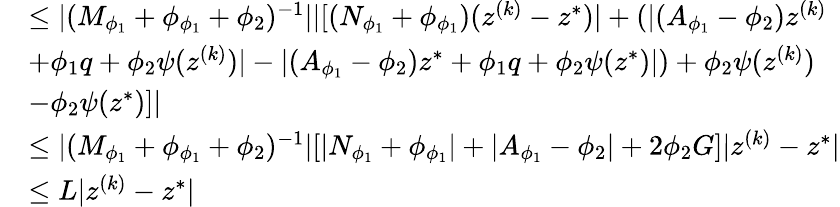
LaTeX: \begin{array}{rl}&{\leq\lvert(M_{\phi_{1}}+\phi_{\phi_{1}}+\phi_{2})^{-1}\rvert\lvert[(N_{\phi_{1}}+\phi_{\phi_{1}})(z^{(k)}-z^{*})\rvert+(\lvert(A_{\phi_{1}}-\phi_{2})z^{(k)}}\\ &{+\phi_{1}q+\phi_{2}\psi(z^{(k)})\rvert-\lvert(A_{\phi_{1}}-\phi_{2})z^{*}+\phi_{1}q+\phi_{2}\psi(z^{*})\rvert)+\phi_{2}\psi(z^{(k)})}\\ &{-\phi_{2}\psi(z^{*})]\rvert}\\ &{\leq\lvert(M_{\phi_{1}}+\phi_{\phi_{1}}+\phi_{2})^{-1}\rvert[\lvert N_{\phi_{1}}+\phi_{\phi_{1}}\rvert+\lvert A_{\phi_{1}}-\phi_{2}\rvert+2\phi_{2}G]\lvert z^{(k)}-z^{*}\rvert}\\ &{\leq L\lvert z^{(k)}-z^{*}\rvert}\end{array}